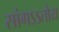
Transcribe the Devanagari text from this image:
सांगऽऽतोय